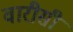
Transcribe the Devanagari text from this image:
वारीसी